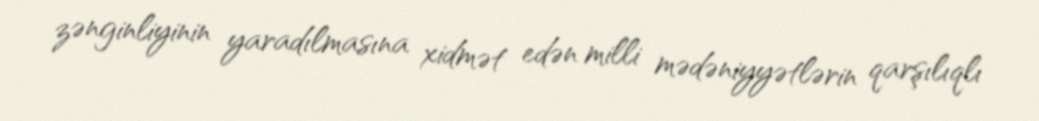
zənginliyinin yaradılmasına xidmət edən milli mədəniyyətlərin qarşılıqlı